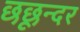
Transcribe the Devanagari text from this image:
छछून्दर